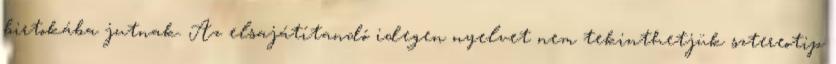
birtokába jutnak. Az elsajátítandó idegen nyelvet nem tekinthetjük sztereotip